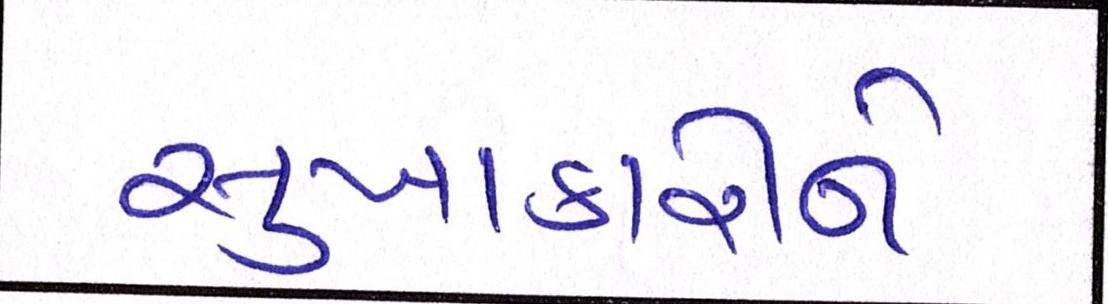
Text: સુખાકારીને